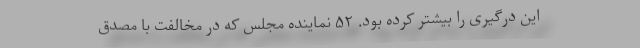
این درگیری را بیشتر کرده بود. ۵۲ نماینده مجلس که در مخالفت با مصدق